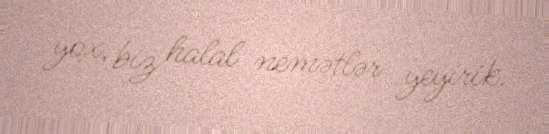
yox, biz halal nemətlər yeyirik.